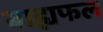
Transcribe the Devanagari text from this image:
बाह्यफल